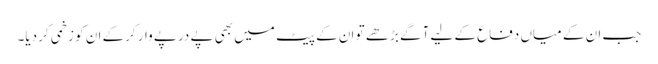
جب ان کے میاں دفاع کے لیے آگے بڑھے تو ان کے پیٹ میں بھی پے درپے وار کرکے ان کو زخمی کر دیا۔